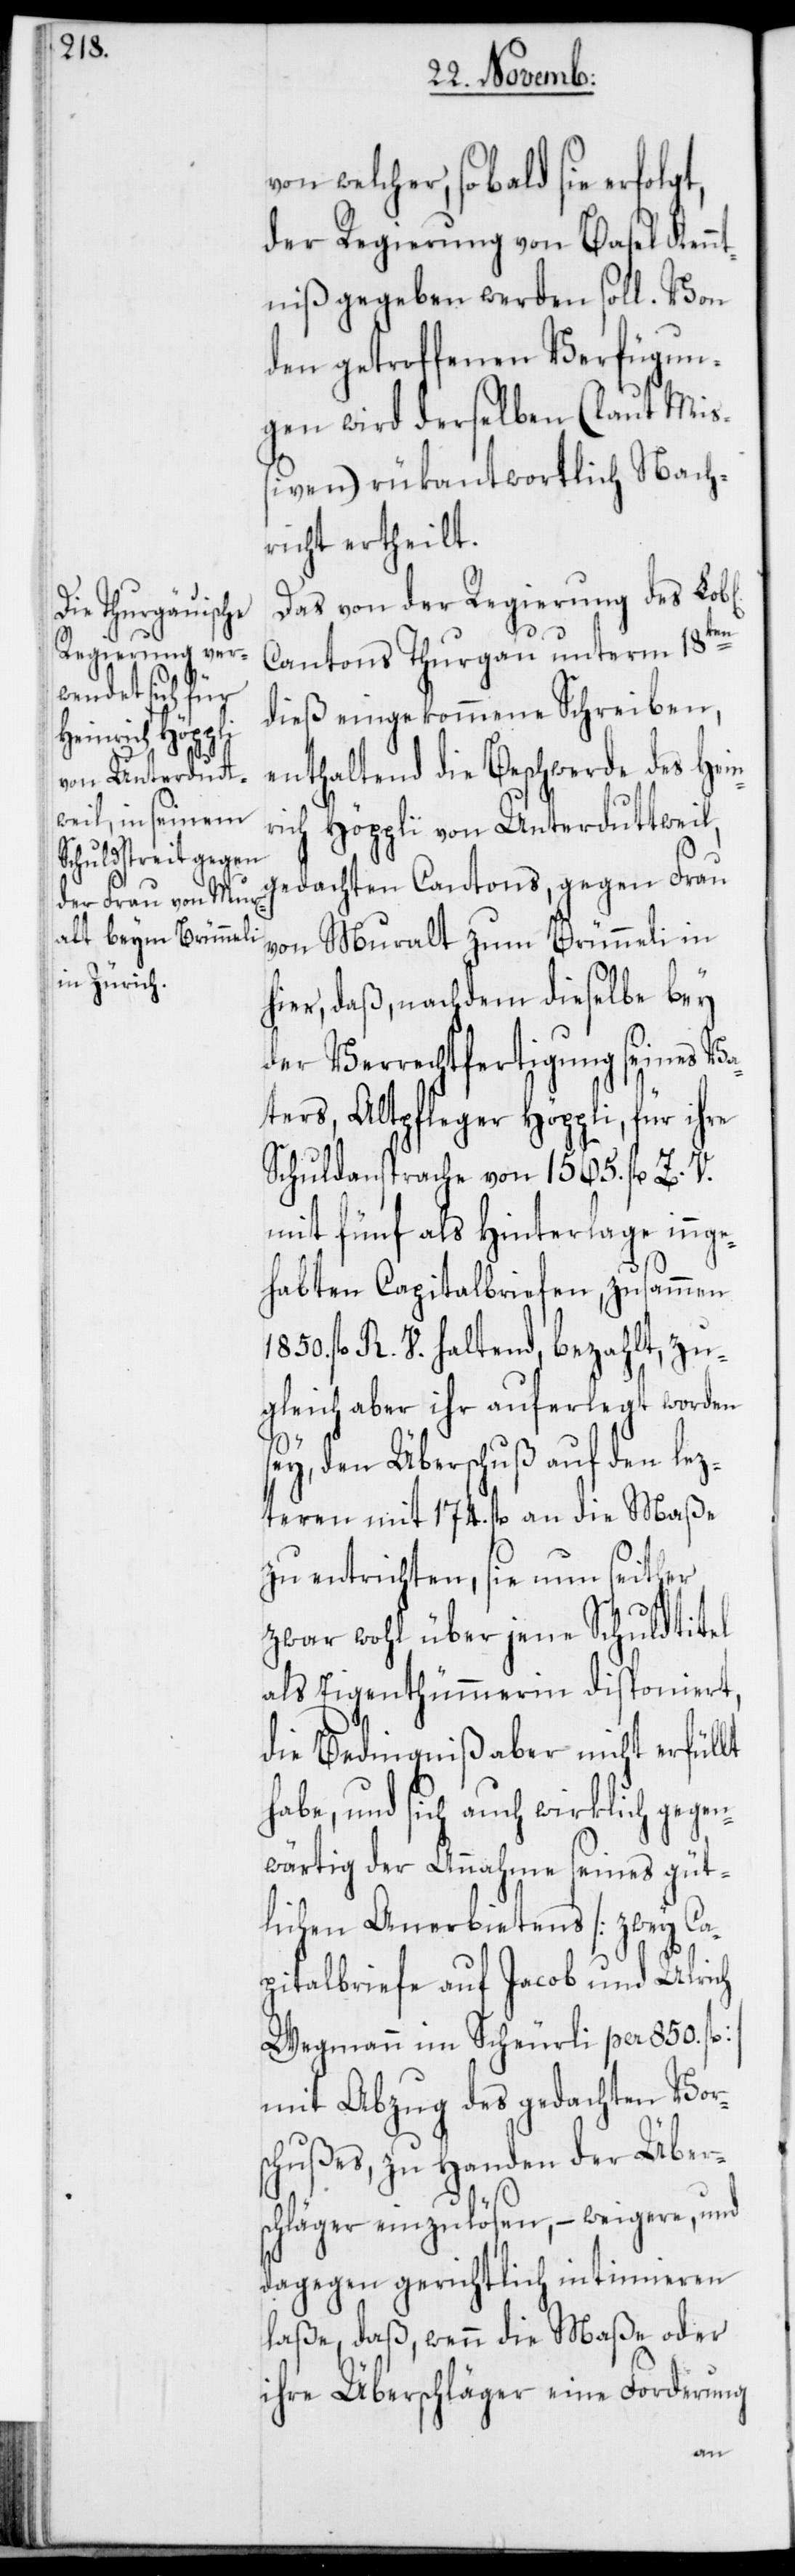
welcher, sobald sie erfolgt,
der Regierung von Basel Kennt¬
niß gegeben werden soll. Von
den getroffenen Verfügun¬
gen wird derselben (laut Miß¬
iven) rükantwortlich Nach¬
richt ertheilt.
Das von der Regierung des Lob[l¬
Cantons Thurgau unterm 18ten
dieß eingekommene Schreiben,
enthaltend die Beschwerde des Hein¬
rich Höppli von Unterduttweil,
gedachten Cantons, gegen Frau
von Muralt zum Bünneli in
hier, daß, nachdem dieselbe bey
der Verrechtfertigung seines Va¬
ters, Altpfleger Höppli, für ihre
Schuldansprache von 1565. fl. Z. V.
mit fünf als Hinterlage innge¬
habten Capitalbriefen, zusammen
fl. R. V. haltend, bezahlt, zu¬
gleich aber ihr auferlegt worden
sey, den Überschuß auf den lez¬
teren mit 174. fl. an die Maße
zu entrichten, sie nun seither
zwar wohl über jene Schuldtitel
als Eigenthümmerin disponiert,
die Bedingniß aber nicht erfüllt
habe, und sich auch wirklich gegen¬
wärtig der Annahme seines güt¬
lichen Anerbietens [zwey Ca¬
pitalbriefe auf Jacob und Ulrich
Wegmann im Scheurli per 850. fl.]
mit Abzug des gedachten Vor¬
schußes, zu Handen der Übers¬
chläger einzulösen, – weigere, und
dagegen gerichtlich intimieren
laße, daß, wenn die Maße oder
ihre Überschläger eine Forderung
ichen]